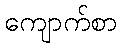
ကျောက်စာ